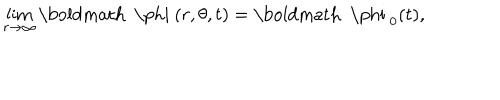
LaTeX: \lim _ { r \rightarrow \infty } \mathrm { \boldmath ~ \ p h i ~ } ( r , \theta , t ) = \mathrm { \boldmath ~ \ p h i ~ } _ { 0 } ( t ) ,